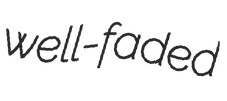
well-faded